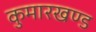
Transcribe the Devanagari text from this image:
कुमारखण्ड